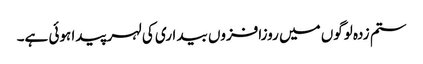
ستم زدہ لوگوں میں روزافزوں بیداری کی لہر پیدا ہوئی ہے۔